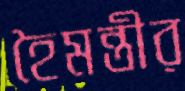
হৈমন্তীর